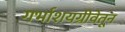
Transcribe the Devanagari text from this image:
गर्भाशयग्रीवेतून